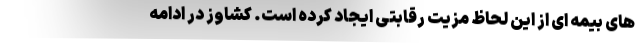
های بیمه ای از این لحاظ مزیت رقابتی ایجاد کرده است. کشاوز در ادامه